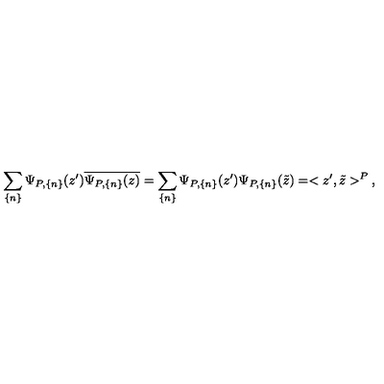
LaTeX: \sum _ { \{ n \} } \Psi _ { P , \{ n \} } ( z ^ { \prime } ) \overline { { \Psi _ { P , \{ n \} } ( z ) } } = \sum _ { \{ n \} } \Psi _ { P , \{ n \} } ( z ^ { \prime } ) \Psi _ { P , \{ n \} } ( \tilde { z } ) = < z ^ { \prime } , \tilde { z } > ^ { P } \: ,